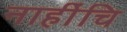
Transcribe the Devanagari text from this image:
नाहींचि